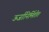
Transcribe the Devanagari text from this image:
ऊर्जानिर्मितीत